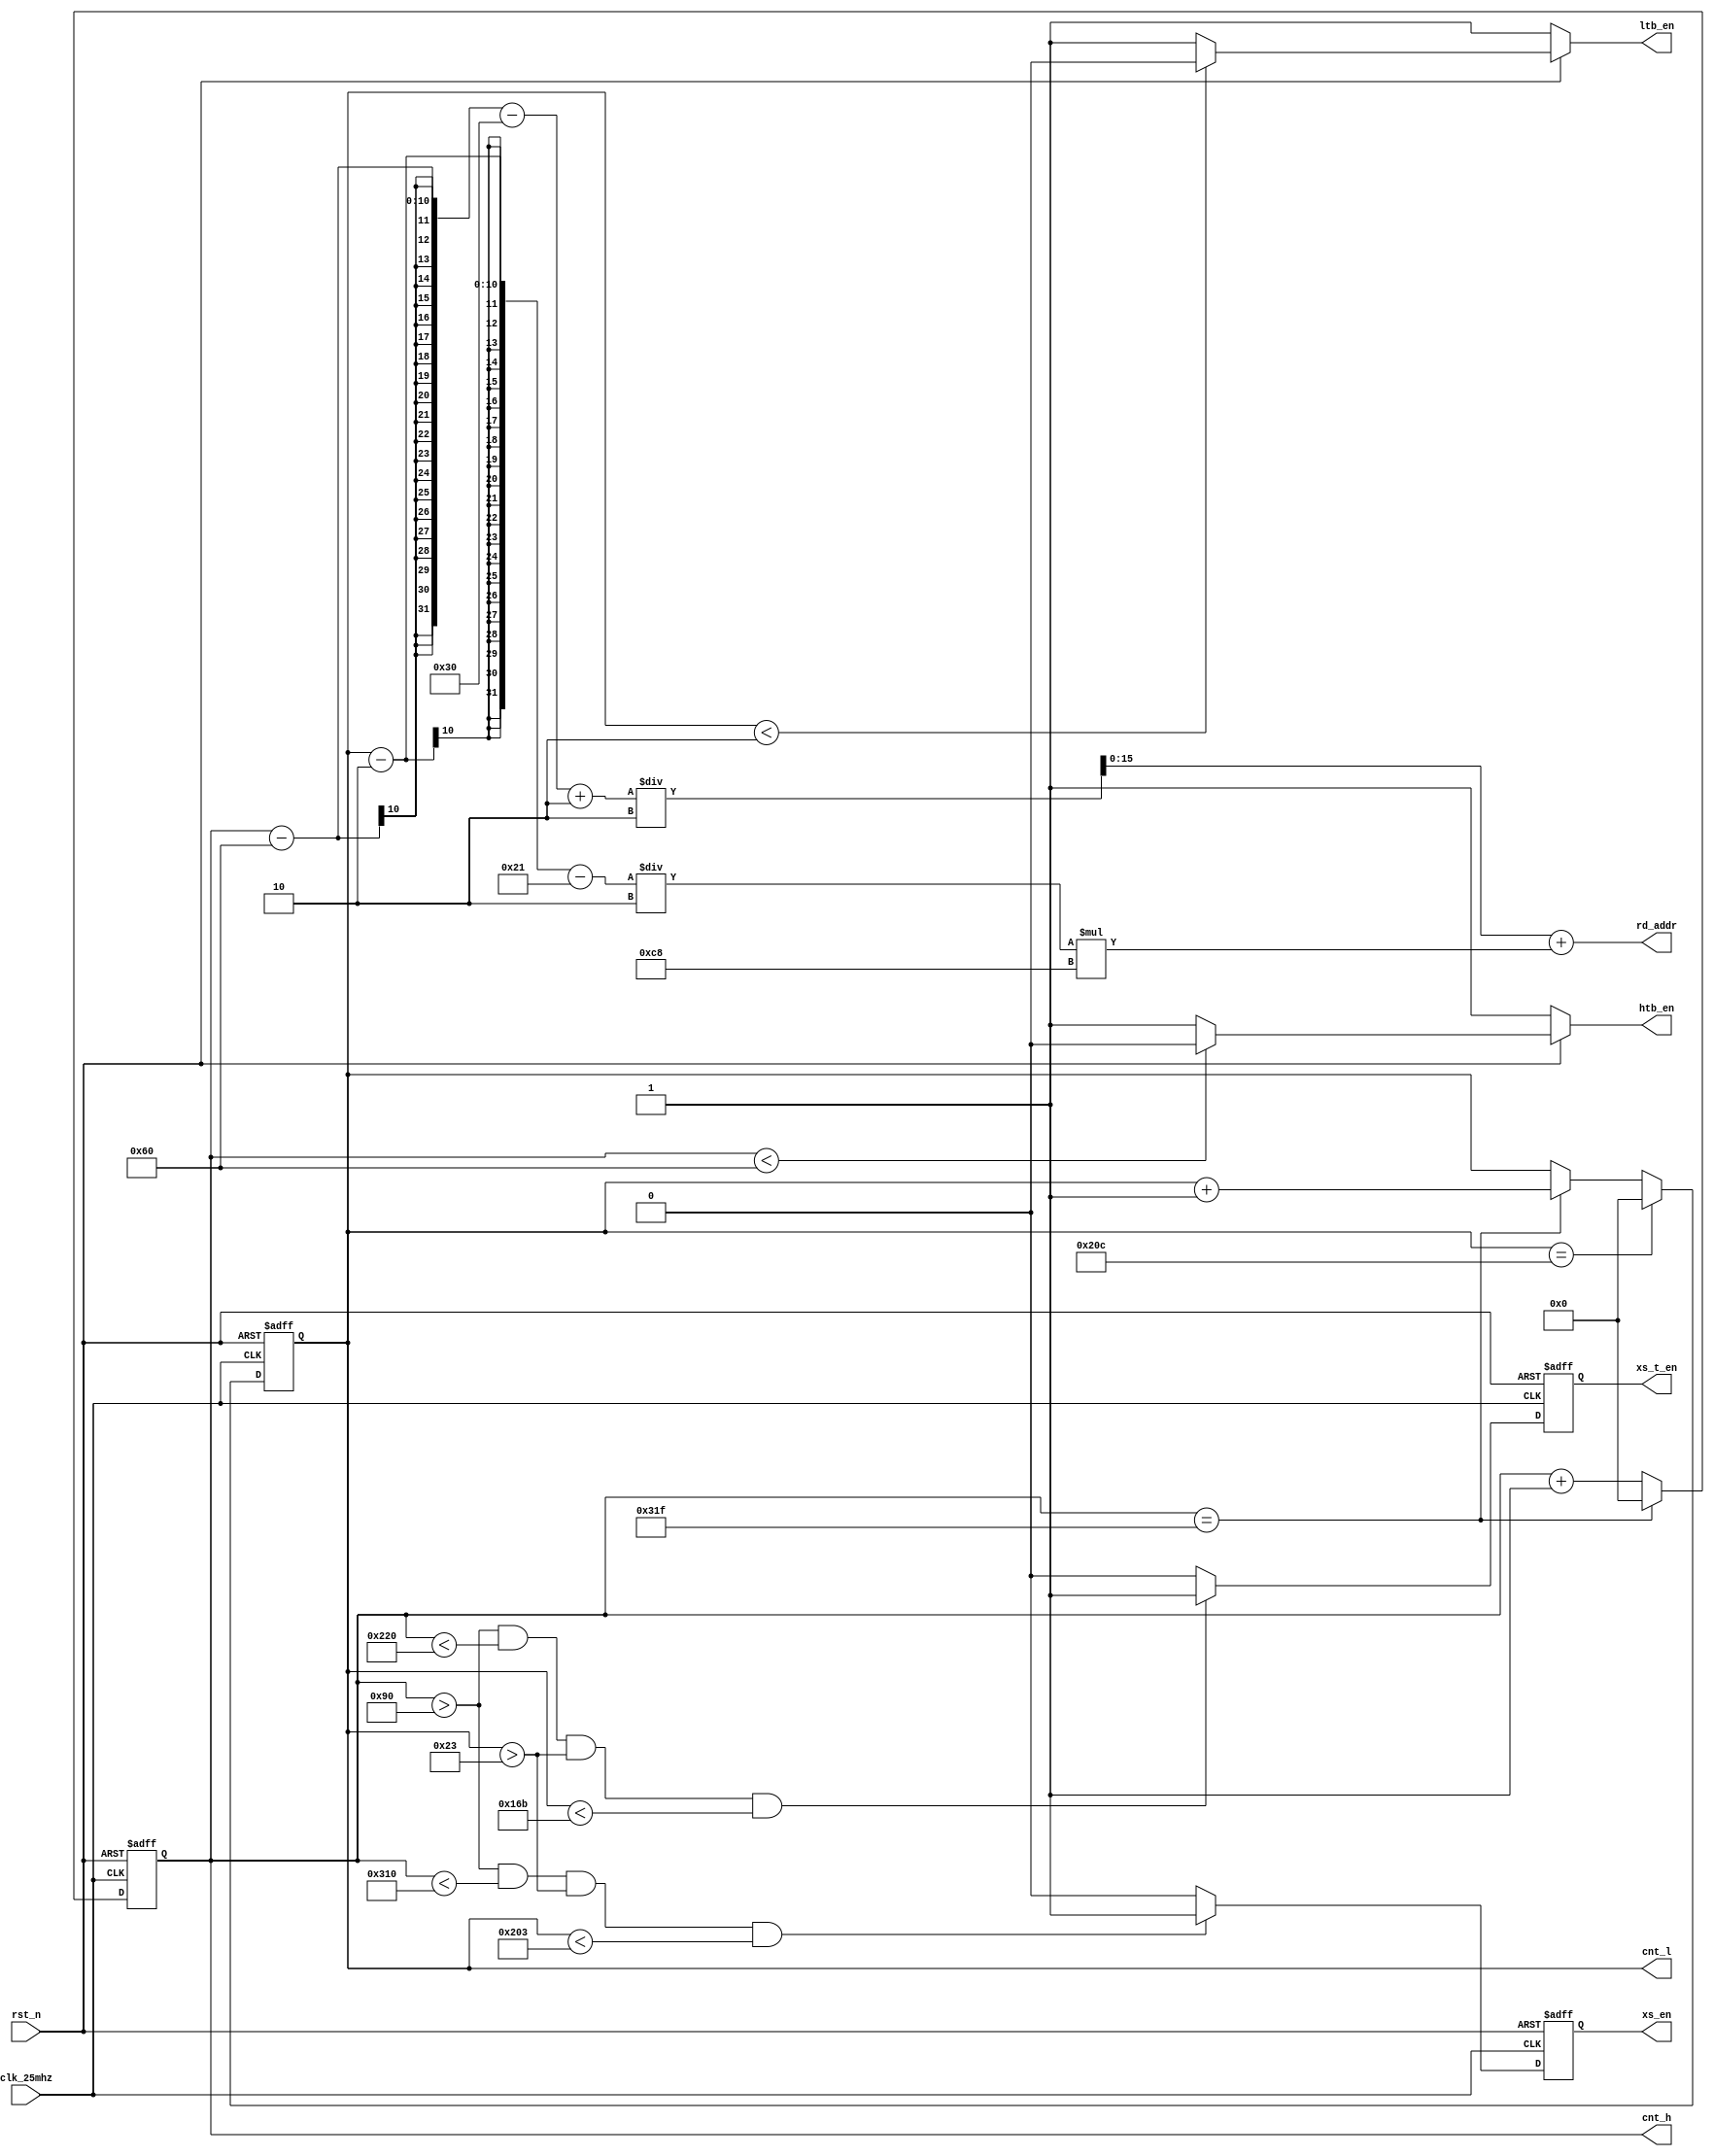
`timescale 1ns / 1ps
//////////////////////////////////////////////////////////////////////////////////
// Company: 
// Engineer: 
// 
// Design Name: 
// Module Name:    VGA 
// Project Name: 
// Target Devices: 
// Tool versions: 
// Description: 
//
// Dependencies: 
//
// Revision: 
// Revision 0.01 - File Created
// Additional Comments: 
//
//////////////////////////////////////////////////////////////////////////////////
module VGA_CORE(clk_25mhz,rst_n,cnt_h,cnt_l,htb_en,ltb_en,xs_en,xs_t_en,rd_addr                                //640*480/60fps VGA
    );
	input rst_n;
	output reg xs_t_en;
	output reg htb_en;       //
	output reg ltb_en;       //
	output reg xs_en;        //1
	output [15:0]rd_addr;
	
	reg [1:0]cnt_25mhz;
	input clk_25mhz;
	
    output reg [9:0]cnt_h;      //
	output reg [9:0]cnt_l;      //
	
	parameter width = 'd400;
	parameter lenth = 'd328;
	
	parameter h_a=7'd96,h_b=6'd48,h_c=10'd640,h_d=5'd16,h_totlly=10'd800;
	parameter l_o=2'd2,l_p=6'd33,l_q=9'd480,l_r=4'd10,l_totlly=10'd525;
	
	
    assign rd_addr=(cnt_h-h_a-h_b+2)/2+((cnt_l-l_o-l_p)/2)*'d200;
	
	always@(posedge clk_25mhz or negedge rst_n)      //cnt_h
	begin
	    if(rst_n==0)
		    cnt_h<=0;
		else if(cnt_h==10'd800-1'd1)
		    cnt_h<=0;
		else
		    cnt_h<=cnt_h+1;
	end
	
	always@(posedge clk_25mhz or negedge rst_n)      //cnt_l
	begin
	    if(rst_n==0)
		    cnt_l<=0;
		else if(cnt_l==10'd525-1'd1)
		    cnt_l<=0;
		else if(cnt_h==10'd800-1'd1)
            cnt_l<=cnt_l+1'd1;
    end
	
	always@(*)      //htb_en
	begin
	    if(rst_n==0)
		    htb_en=1'b1;
		else if(cnt_h<h_a)
	        htb_en=0;
		else
		    htb_en=1;
	end
	
	always@(*)      //ltb_en
	begin
	    if(rst_n==0)
		    ltb_en=1'd1;
		else if(cnt_l<l_o)
		    ltb_en=0;
		else
		    ltb_en=1;
	end
	
	always@(posedge clk_25mhz or negedge rst_n)
	begin
	    if(rst_n==0)
		    xs_en<=0;
		else if((cnt_h>(h_a+h_b))&&(cnt_h<(h_a+h_b+h_c))&&(cnt_l>(l_o+l_p))&&(cnt_l<(l_o+l_p+l_q)))
	        xs_en<=1;
		else 
		    xs_en<=0;
	end
	
	always@(posedge clk_25mhz or negedge rst_n)
	begin
	    if(rst_n==0)
		    xs_t_en<=0;
		else if((cnt_h>(h_a+h_b))&&(cnt_h<(h_a+h_b+width))&&(cnt_l>(l_o+l_p))&&(cnt_l<(l_o+l_p+lenth)))
	        xs_t_en<=1;
		else 
		    xs_t_en<=0;
	end
	
endmodule